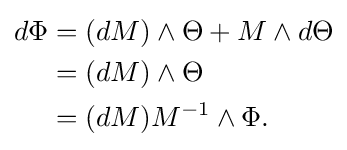
{\begin{aligned}d\Phi &=(dM)\wedge \Theta +M\wedge d\Theta \\&=(dM)\wedge \Theta \\&=(dM)M^{-1}\wedge \Phi .\end{aligned}}